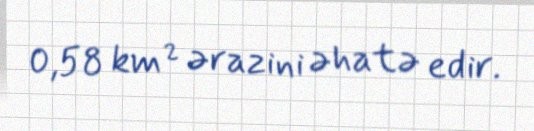
0,58 km² ərazini əhatə edir.